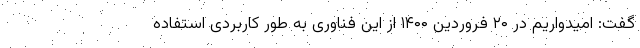
گفت: امیدواریم در ۲۰ فروردین ۱۴۰۰ از این فناوری به طور کاربردی استفاده